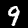
Label: 9